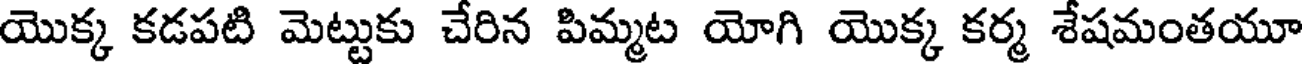
యొక్క కడపటి మెట్టుకు చేరిన పిమ్మట యోగి యొక్క కర్మ శేషమంతయూ